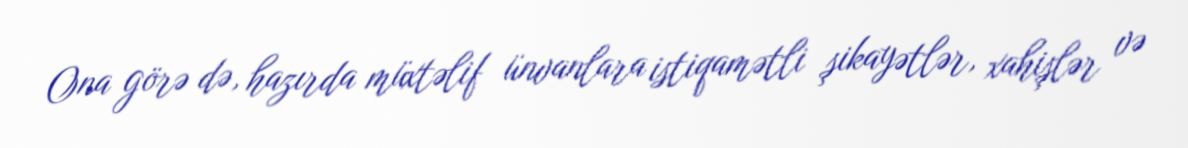
Ona görə də, hazırda müxtəlif ünvanlara istiqamətli şikayətlər, xahişlər və